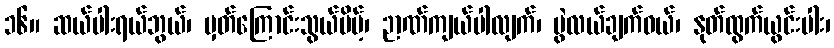
၁၆။ ဆယ်ပါးရယ်ဘွယ်၊ မှတ်ကြောင်းသွယ်ပိမ့်၊ ဉာဏ်ကျယ်ပါလျက်၊ ပွဲလယ်ချက်ဝယ်၊ နုတ်ထွက်ယွင်းပါး၊